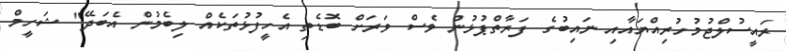
ރައީސުލްޖުމުހުރިއްޔައާއި ނައިބުގެ ފަރާތްޕުޅުން ވެސް ވަރަށް ބޮޑެތި އެހީފުޅުތަކެއް ލިބެމުން އެބަދޭ" ޝަހީމް